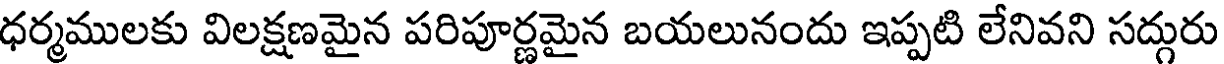
ధర్మములకు విలక్షణమైన పరిపూర్ణమైన బయలునందు ఇప్పటి లేనివని సద్గురు